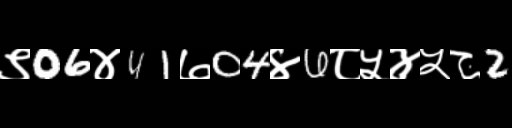
Text: ९06४41७04४6८५४५८2